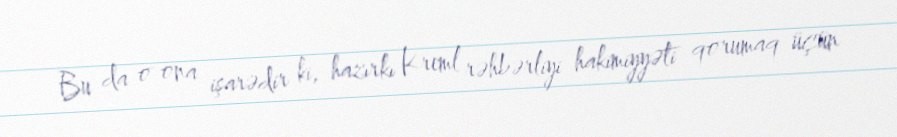
Bu da o ona işarədir ki, hazırkı Kreml rəhbərliyi hakimiyyəti qorumaq üçün